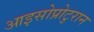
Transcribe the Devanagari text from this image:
आइसोप्रोटुरान